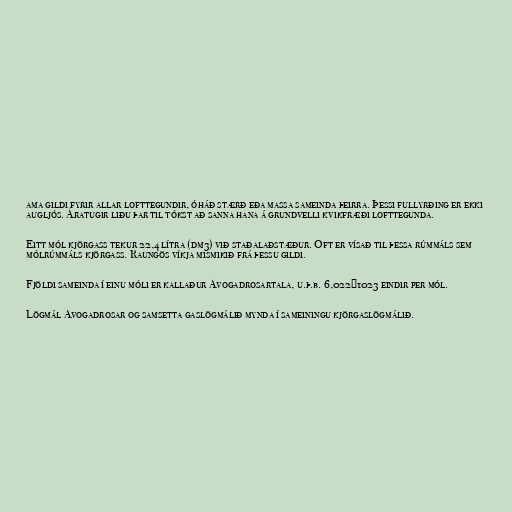
ama gildi fyrir allar lofttegundir, óháð stærð eða massa sameinda þeirra. Þessi fullyrðing er ekki
augljós. Áratugir liðu þar til tókst að sanna hana á grundvelli kvikfræði lofttegunda.

Eitt mól kjörgass tekur 22,4 lítra (dm3) við staðalaðstæður. Oft er vísað til þessa rúmmáls sem
mólrúmmáls kjörgass. Raungös víkja mismikið frá þessu gildi.

Fjöldi sameinda í einu móli er kallaður Avogadrosartala, u.þ.b. 6,022×1023 eindir per mól.

Lögmál Avogadrosar og samsetta gaslögmálið mynda í sameiningu kjörgaslögmálið.